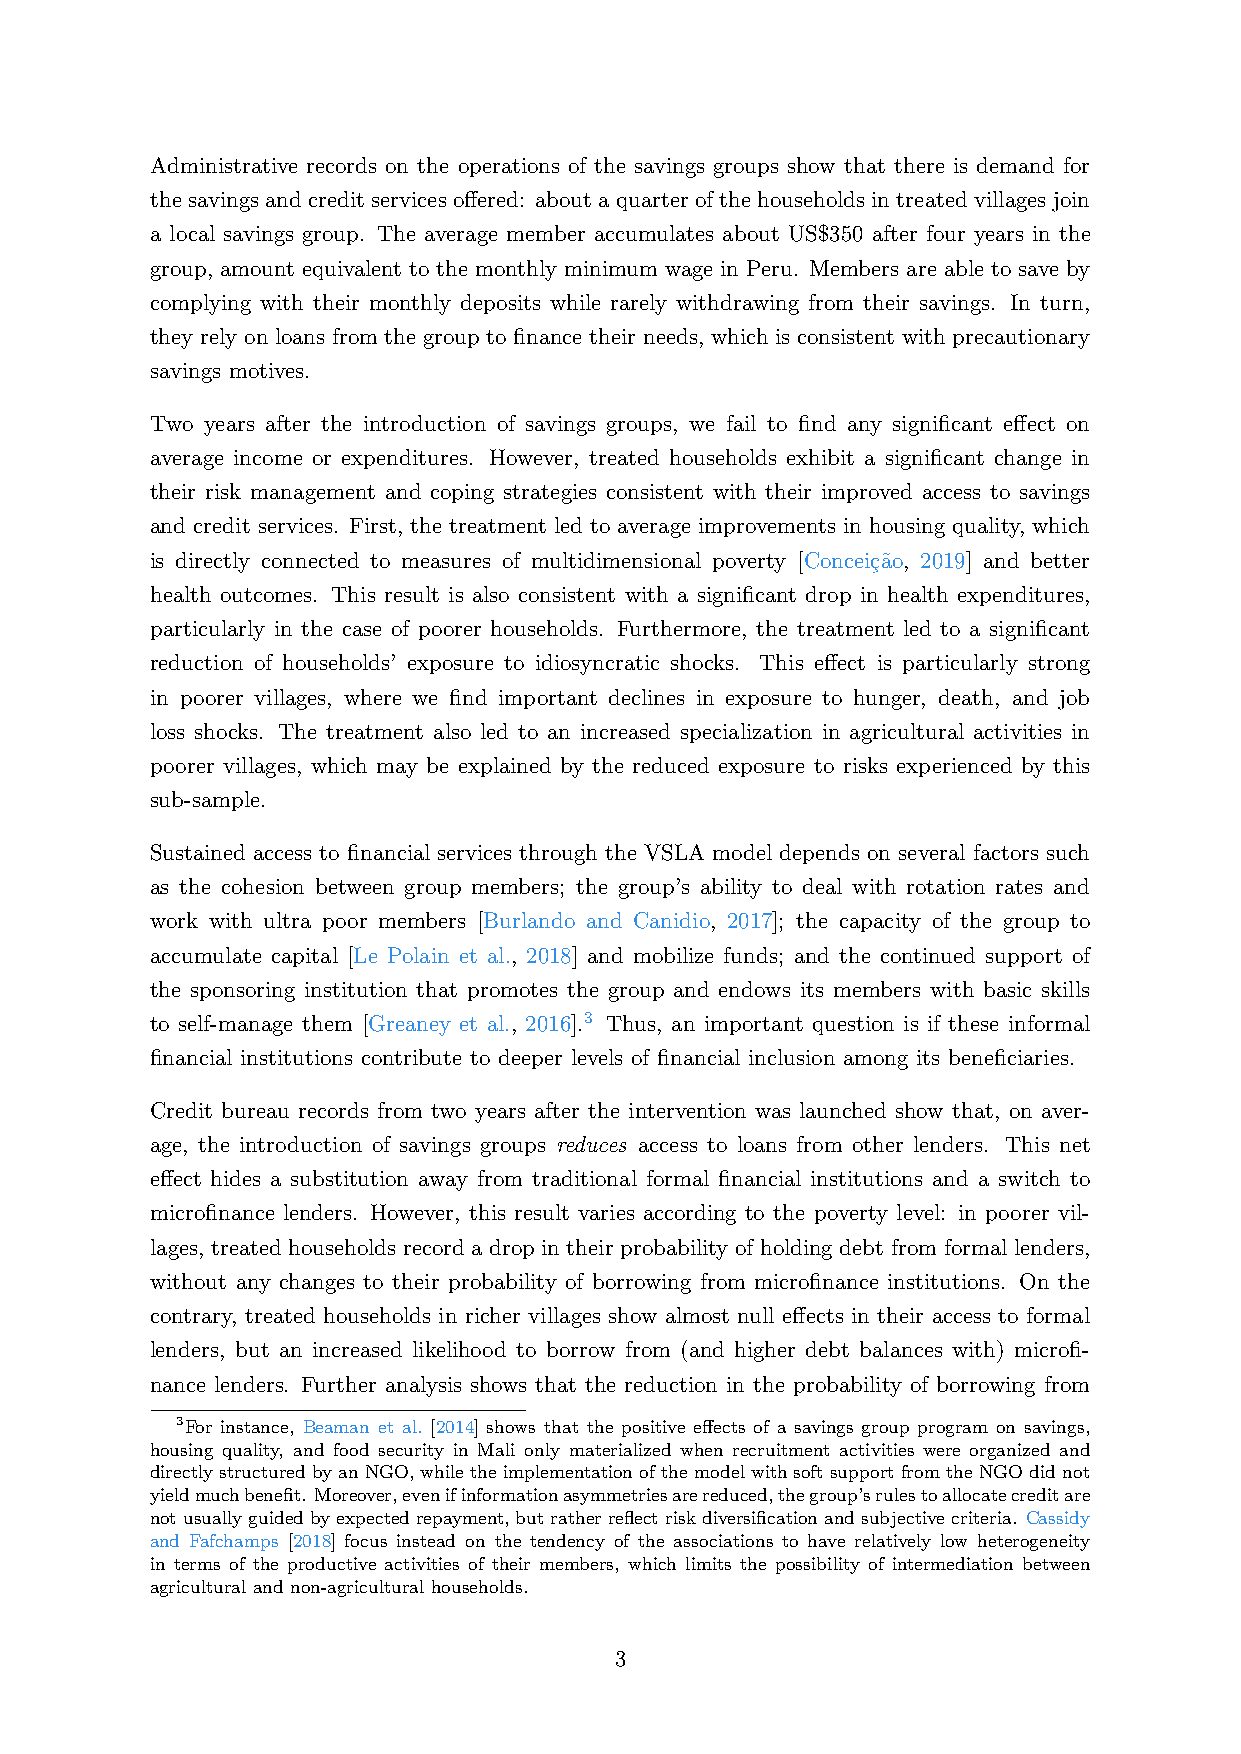
Administrative records on the operations of the savings groups show that there is demand for
 the savings and credit services offered: about a quarter of the households in treated villages join
 a local savings group. The average member accumulates about US$350 after four years in the
 group, amount equivalent to the monthly minimum wage in Peru. Members are able to save by
 complying with their monthly deposits while rarely withdrawing from their savings. In turn,
 they rely on loans from the group to finance their needs, which is consistent with precautionary
 savings motives.
 Two years after the introduction of savings groups, we fail to find any significant effect on
 average income or expenditures. However, treated households exhibit a significant change in
 their risk management and coping strategies consistent with their improved access to savings
 and credit services. First, the treatment led to average improvements in housing quality, which
 is directly connected to measures of multidimensional poverty [Concei¸c˜ao, 2019] and better
 health outcomes. This result is also consistent with a significant drop in health expenditures,
 particularly in the case of poorer households. Furthermore, the treatment led to a significant
 reduction of households’ exposure to idiosyncratic shocks. This effect is particularly strong
 in poorer villages, where we find important declines in exposure to hunger, death, and job
 loss shocks. The treatment also led to an increased specialization in agricultural activities in
 poorer villages, which may be explained by the reduced exposure to risks experienced by this
 sub-sample.
 Sustained access to financial services through the VSLA model depends on several factors such
 as the cohesion between group members; the group’s ability to deal with rotation rates and
 work with ultra poor members [Burlando and Canidio, 2017]; the capacity of the group to
 accumulate capital [Le Polain et al., 2018] and mobilize funds; and the continued support of
 the sponsoring institution that promotes the group and endows its members with basic skills
 to self-manage them [Greaney et al., 2016].3 Thus, an important question is if these informal
 financial institutions contribute to deeper levels of financial inclusion among its beneficiaries.
 Credit bureau records from two years after the intervention was launched show that, on aver-
 age, the introduction of savings groups reduces access to loans from other lenders. This net
 effect hides a substitution away from traditional formal financial institutions and a switch to
 microfinance lenders. However, this result varies according to the poverty level: in poorer vil-
 lages, treated households record a drop in their probability of holding debt from formal lenders,
 without any changes to their probability of borrowing from microfinance institutions. On the
 contrary, treated households in richer villages show almost null effects in their access to formal
 lenders, but an increased likelihood to borrow from (and higher debt balances with) microfi-
 nance lenders. Further analysis shows that the reduction in the probability of borrowing from
 3For instance, Beaman et al. [2014] shows that the positive effects of a savings group program on savings,
 housing quality, and food security in Mali only materialized when recruitment activities were organized and
 directlystructuredbyanNGO,whiletheimplementationofthemodelwithsoftsupportfromtheNGOdidnot
 yieldmuchbenefit. Moreover,evenifinformationasymmetriesarereduced,thegroup’srulestoallocatecreditare
 notusuallyguidedbyexpectedrepayment,butratherreflectriskdiversificationandsubjectivecriteria. Cassidy
 and Fafchamps [2018] focus instead on the tendency of the associations to have relatively low heterogeneity
 in terms of the productive activities of their members, which limits the possibility of intermediation between
 agricultural and non-agricultural households.
 3